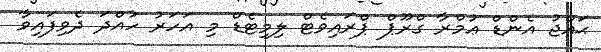
ޙައްޖު އެންޑް ޢުމްރާ ގްރޫޕް ޕްރައިވެޓް ލިމިޓެޑް މި އަހަރު ހުއްދަ ދެވިފައިވާ